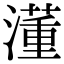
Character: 𣿅